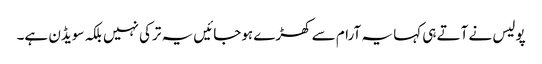
پولیس نے آتے ہی کہا یہ آرام سے کھڑے ہوجائیں یہ ترکی نہیں بلکہ سویڈن ہے۔